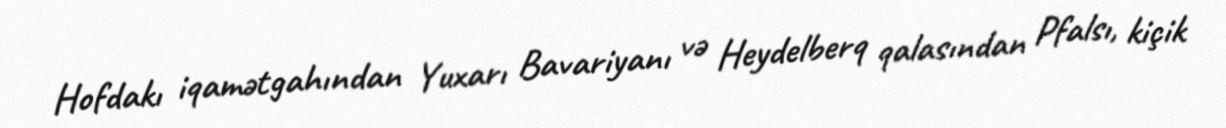
Hofdakı iqamətgahından Yuxarı Bavariyanı və Heydelberq qalasından Pfalsı, kiçik